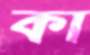
কা